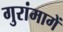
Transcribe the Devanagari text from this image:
गुरांमागें